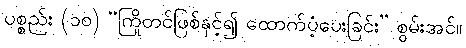
ပစ္စည်း (၁၀) “ကြိုတင်ဖြစ်နှင့်၍ ထောက်ပံ့ပေးခြင်း” စွမ်းအင်။